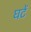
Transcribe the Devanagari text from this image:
घटें